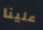
علينا